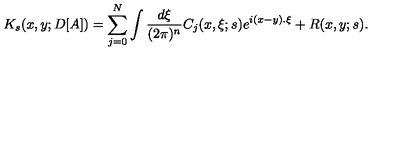
K _ { s } ( x , y ; D [ A ] ) = \sum _ { j = 0 } ^ { N } \int \frac { d \xi } { ( 2 \pi ) ^ { n } } C _ { j } ( x , \xi ; s ) e ^ { i ( x - y ) . \xi } + R ( x , y ; s ) .